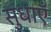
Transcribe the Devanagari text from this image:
सुंधाएँ